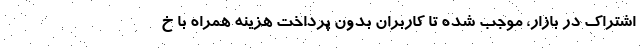
اشتراک در بازار، موجب شده تا کاربران بدون پرداخت هزینه همراه با خ